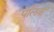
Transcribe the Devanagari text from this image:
पेलिंक